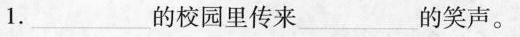
1. ___的校园里传来___的笑声。